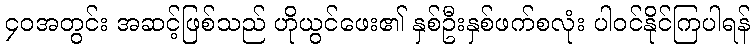
၄၀အတွင်း အဆင့်ဖြစ်သည် ဟိုယွင်ဖေး၏ နှစ်ဦးနှစ်ဖက်စလုံး ပါဝင်နိုင်ကြပါရန်